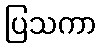
ပြသကာ